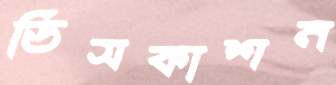
ডিসকাশন